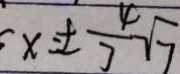
x = \pm \frac { 4 } { 7 } \sqrt { 7 }